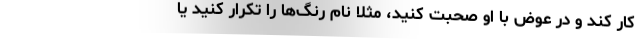
کار کند و در عوض با او صحبت کنید، مثلا نام رنگ‌ها را تکرار کنید یا